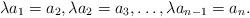
LaTeX: \begin{align*} \lambda a_1 = a_2, \lambda a_2 = a_3, \ldots, \lambda a_{n-1} = a_n.\end{align*}